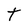
Character: t